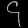
Digit: ၄